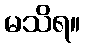
မသိရ။